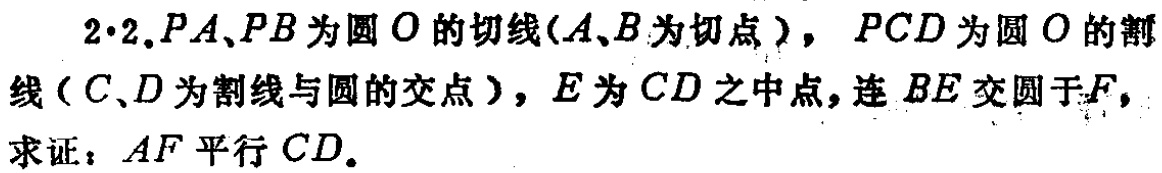
2.2. $PA、PB$为圆$O$的切线（$A、B$为切点），$PCD$为圆$O$的割线（$C、D$为割线与圆的交点），$E$为$CD$之中点，连$BE$交圆于$F$，求证：$AF$平行$CD$。